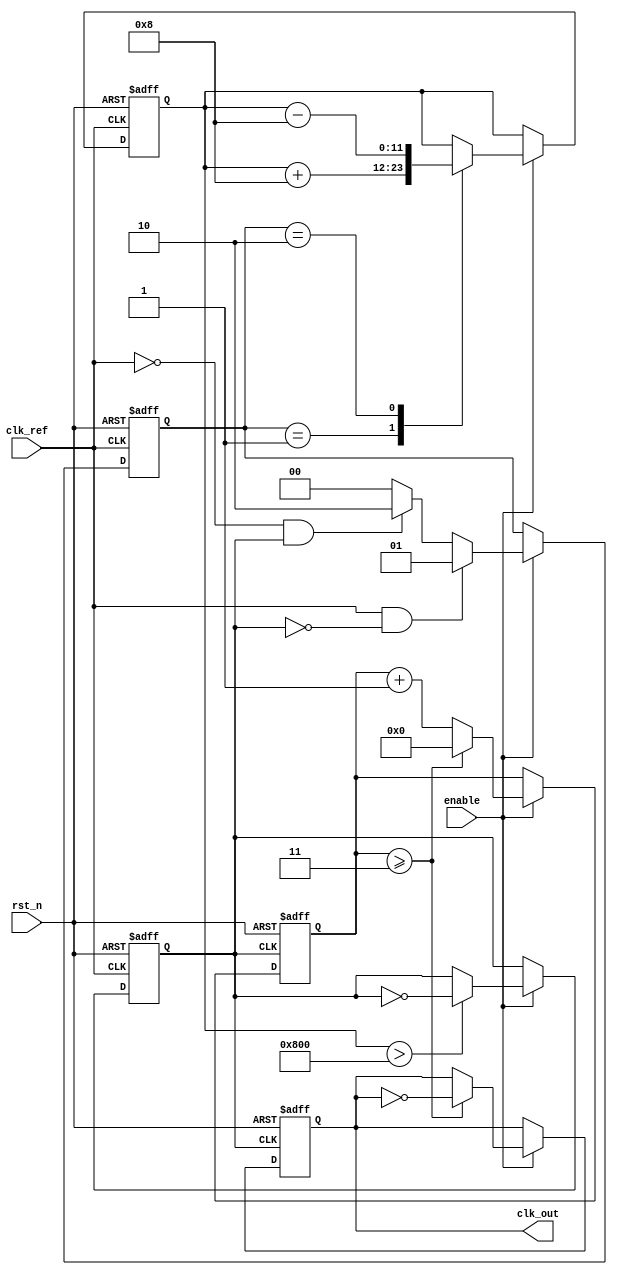
module dual_loop_pll (
    input wire clk_ref,       // Reference clock input
    input wire rst_n,        // Active low reset
    input wire enable,       // PLL enable
    output reg clk_out       // Output clock
);

    // Parameters
    parameter DIV_RATIO = 4; // VCO output divider ratio
    parameter INNER_LOOP_GAIN = 8; // Inner loop gain for fast response
    parameter OUTER_LOOP_GAIN = 2; // Outer loop gain for stability

    // Internal signals
    reg [1:0] phase_error;     // Phase error from the phase detector
    reg [11:0] control_voltage; // Control voltage for the VCO
    reg vco_out;               // VCO output
    reg [3:0] divider_count;   // Divider counter
    reg lock;                  // Lock indicator

    // Phase Detector (PFD)
    always @(posedge clk_ref or negedge rst_n) begin
        if (!rst_n) begin
            phase_error <= 2'b00;
        end else if (enable) begin
            // Simple phase detection logic (example)
            if (clk_ref && !vco_out) begin
                phase_error <= 2'b01; // Phase leading
            end else if (!clk_ref && vco_out) begin
                phase_error <= 2'b10; // Phase lagging
            end else begin
                phase_error <= 2'b00; // No error
            end
        end
    end

    // Loop Filter
    always @(posedge clk_ref or negedge rst_n) begin
        if (!rst_n) begin
            control_voltage <= 12'b000000000000;
        end else if (enable) begin
            // Simple loop filter logic
            case (phase_error)
                2'b01: control_voltage <= control_voltage + INNER_LOOP_GAIN; // Increase
                2'b10: control_voltage <= control_voltage - INNER_LOOP_GAIN; // Decrease
                default: control_voltage <= control_voltage; // Hold
            endcase
        end
    end

    // Voltage-Controlled Oscillator (VCO)
    always @(posedge clk_ref or negedge rst_n) begin
        if (!rst_n) begin
            vco_out <= 0;
        end else if (enable) begin
            // Simple VCO logic: use control voltage to modulate frequency
            if (control_voltage > 12'h800) begin
                vco_out <= ~vco_out; // Toggle for demonstration
            end
        end
    end

    // Divider
    always @(posedge vco_out or negedge rst_n) begin
        if (!rst_n) begin
            divider_count <= 0;
            clk_out <= 0;
        end else if (enable) begin
            if (divider_count >= DIV_RATIO-1) begin
                clk_out <= ~clk_out; // Output clock toggle
                divider_count <= 0;
            end else begin
                divider_count <= divider_count + 1;
            end
        end
    end

    // Control Logic (Lock detection)
    always @(posedge clk_ref or negedge rst_n) begin
        if (!rst_n) begin
            lock <= 0;
        end else if (enable) begin
            // Basic lock detection logic
            if (phase_error == 2'b00) begin
                lock <= 1; // Locked
            end else begin
                lock <= 0; // Not locked
            end
        end
    end

endmodule